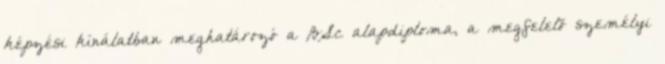
képzési kínálatban meghatározó a BSc alapdiploma, a megfelelõ személyi